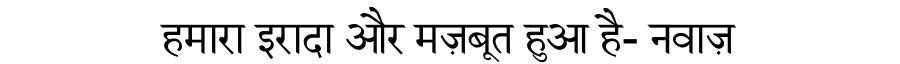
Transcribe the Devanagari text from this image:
हमारा इरादा और मज़बूत हुआ है- नवाज़